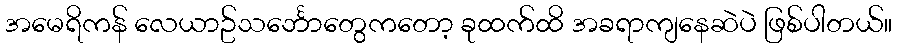
အမေရိကန် လေယာဥ်သင်္ဘောတွေကတော့ ခုထက်ထိ အခရာကျနေဆဲပဲ ဖြစ်ပါတယ်။